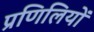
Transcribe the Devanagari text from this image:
प्रणिलियों